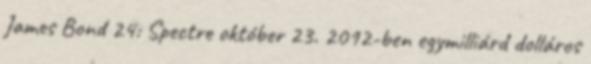
James Bond 24: Spectre október 23. 2012-ben egymilliárd dolláros